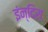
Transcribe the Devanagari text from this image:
इंन्दिरा